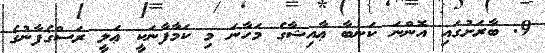
9. ބާރަށުގައި އޮންނަ ކަނބާ ޢާއިޝާގެ މަހާނަ މި ކަމާފާނަކީ ޢަލީ ރަސްގެފާނުގެ